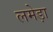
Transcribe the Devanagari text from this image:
लमेड़ा